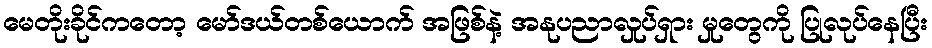
မေတိုးခိုင်ကတော့ မော်ဒယ်တစ်ယောက် အဖြစ်နဲ့ အနုပညာလှုပ်ရှား မှုတွေကို ပြုလုပ်နေပြီး